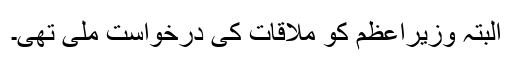
البتہ وزیراعظم کو ملاقات کی درخواست ملی تھی۔